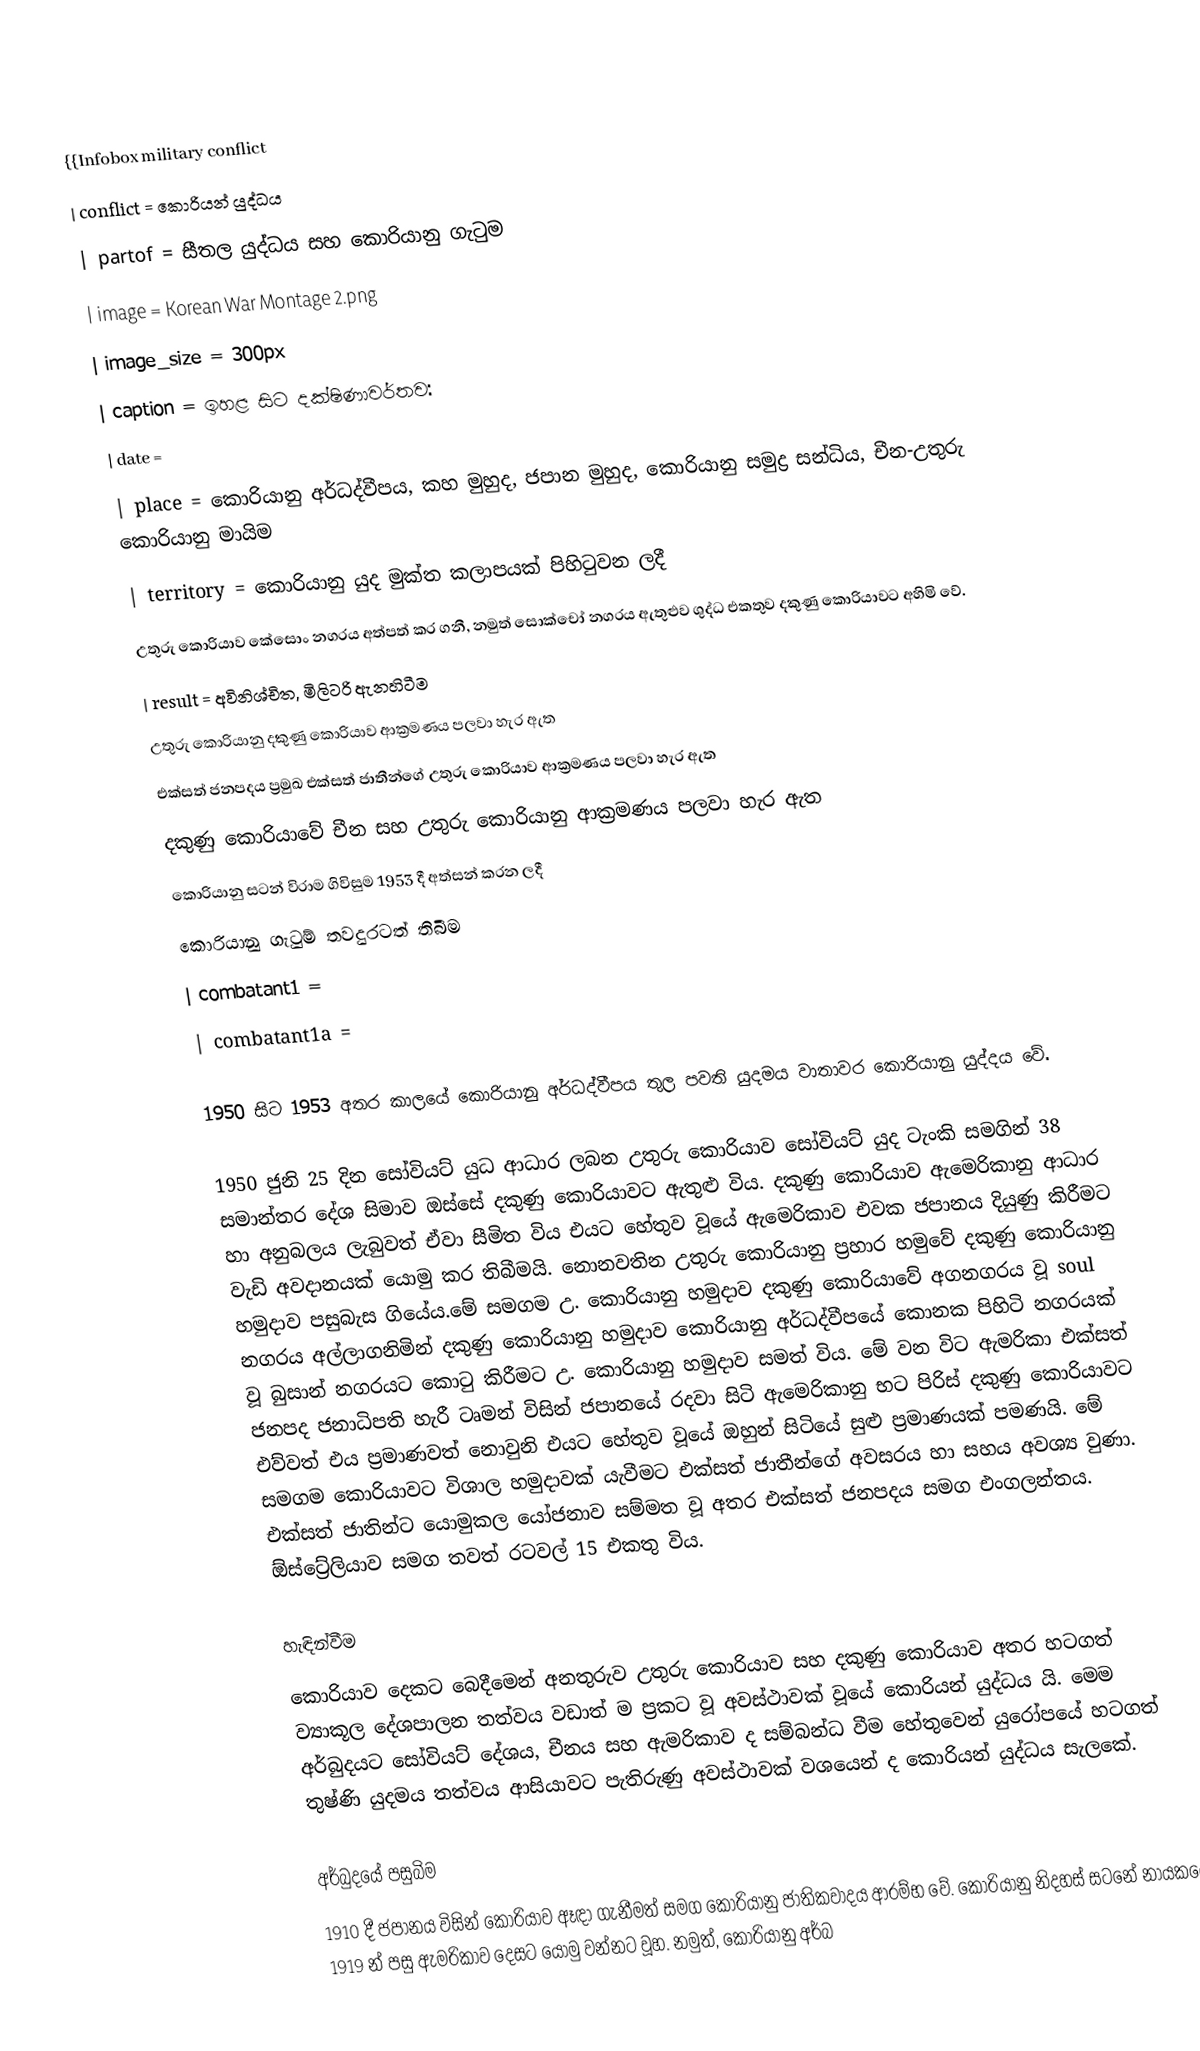
{{Infobox military conflict
| conflict          = කොරියන් යුද්ධය
| partof            = සීතල යුද්ධය සහ කොරියානු ගැටුම
| image             = Korean War Montage 2.png
| image_size        = 300px
| caption           = ඉහළ සිට දක්ෂිණාවර්තව:
| date              =
| place             = කොරියානු අර්ධද්වීපය, කහ මුහුද, ජපාන මුහුද, කොරියානු සමුද්‍ර සන්ධිය, චීන-උතුරු කොරියානු මායිම
| territory         = කොරියානු යුද මුක්ත කලාපයක් පිහිටුවන ලදී
 උතුරු කොරියාව කේසොං නගරය අත්පත් කර ගනී, නමුත් සොක්චෝ නගරය ඇතුළුව  ශුද්ධ එකතුව දකුණු කොරියාවට අහිමි වේ.
| result            = අවිනිශ්චිත, මිලිටරි ඇනහිටීම
උතුරු කොරියානු දකුණු කොරියාව ආක්‍රමණය පලවා හැර ඇත
 එක්සත් ජනපදය ප්‍රමුඛ එක්සත් ජාතීන්ගේ උතුරු කොරියාව ආක්‍රමණය පලවා හැර ඇත
 දකුණු කොරියාවේ චීන සහ උතුරු කොරියානු ආක්‍රමණය පලවා හැර ඇත
 කොරියානු සටන් විරාම ගිවිසුම 1953 දී අත්සන් කරන ලදී
 කොරියානු ගැටුම් තවදුරටත් තිබීම
| combatant1        =
| combatant1a       =

1950 සිට 1953 අතර කාලයේ කොරියානු අර්ධද්වීපය තුල පවති යුදමය වාතාවර කොරියානු යුද්දය වේ.

1950 ජුනි 25 දින සෝවියට් යුධ ආධාර ලබන උතුරු කොරියාව සෝවියට් යුද ටැංකි සමගින් 38 සමාන්තර දේශ සිමාව ඔස්සේ දකුණු කොරියාවට ඇතුළු විය. දකුණු කොරියාව ඇමෙරිකානු ආධාර හා අනුබලය ලැබුවත් ඒවා සීමිත විය එයට හේතුව වූයේ ඇමෙරිකාව එවක ජපානය දියුණු කිරීමට වැඩි අවදානයක්‌ යොමු කර තිබීමයි. නොනවතින උතුරු කොරියානු ප්‍රහාර හමුවේ දකුණු කොරියානු හමුදාව පසුබැස ගියේය.මේ සමගම උ. කොරියානු හමුදාව දකුණු කොරියාවේ අගනගරය වූ soul නගරය අල්ලාගනිමින් දකුණු කොරියානු හමුදාව කොරියානු අර්ධද්වීපයේ කොනක පිහිටි නගරයක් වූ බුසාන් නගරයට කොටු කිරීමට උ. කොරියානු හමුදාව සමත් විය. මේ වන විට ඇමරිකා එක්සත් ජනපද ජනාධිපති හැරී ටෘමන් විසින් ජපානයේ රදවා සිටි ඇමෙරිකානු භට පිරිස් දකුණු කොරියාවට එව්වත් එය ප්‍රමාණවත් නොවුනි එයට හේතුව වූයේ ඔහුන් සිටියේ සුළු ප්‍රමාණයක් පමණයි. මේ සමගම කොරියාවට විශාල හමුදාවක් යැවීමට එක්සත් ජාතීන්ගේ අවසරය හා සහය අවශ්‍ය වුණා. එක්සත් ජාතින්ට යොමුකල යෝජනාව සම්මත වූ අතර එක්සත් ජනපදය සමග එංගලන්තය. ඕස්ට්‍රේලියාව සමග තවත් රටවල් 15 එකතු විය.

හැඳින්වීම
කොරියාව දෙකට බෙදීමෙන් අනතුරුව උතුරු කොරියාව සහ දකුණු කොරියාව අතර හටගත් ව්‍යාකූල දේශපාලන තත්වය වඩාත් ම ප්‍රකට වූ අවස්ථාවක් වූයේ කොරියන් යුද්ධය යි. මෙම අර්බුදයට සෝවියට් දේශය, චීනය සහ ඇමරිකාව ද සම්බන්ධ වීම හේතුවෙන් යුරෝපයේ හටගත් තුෂ්ණි යුදමය තත්වය ආසියාවට පැතිරුණු අවස්ථාවක් වශයෙන් ද කොරියන් යුද්ධය සැලකේ.

අර්බුදයේ පසුබිම
1910 දී ජපානය විසින් කොරියාව ඈඳා ගැනීමත් සමග කොරියානු ජාතිකවාදය ආරම්භ වේ. කොරියානු නිදහස් සටනේ නායකයෝ 1919 න් පසු ඇමරිකාව දෙසට යොමු වන්නට වූහ. නමුත්, කොරියානු අර්බ